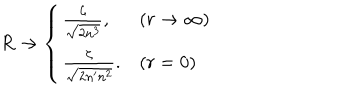
R \to \left\{ \begin{array} { l l } { { \frac \zeta { \sqrt { 2 n ^ { 3 } } } , } } & { { ( r \to \infty ) } } \\ { { \frac \zeta { \sqrt { 2 n ^ { \prime } n ^ { 2 } } } . } } & { { ( r = 0 ) } } \\ \end{array} \right.